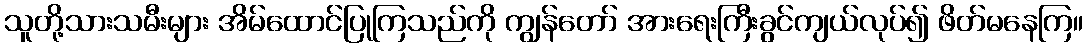
သူတို့သားသမီးများ အိမ်ထောင်ပြုကြသည်ကို ကျွန်တော် အားရေးကြီးခွင်ကျယ်လုပ်၍ ဖိတ်မနေကြ။